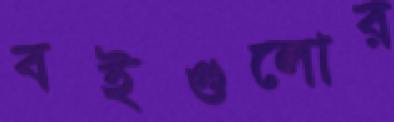
বইগুলোর